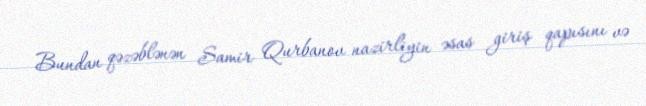
Bundan qəzəblənən Samir Qurbanov nazirliyin əsas giriş qapısını və